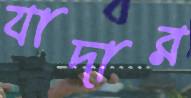
যাদার